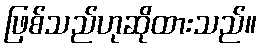
ဖြစ်သည်ဟုဆိုထားသည်။